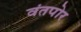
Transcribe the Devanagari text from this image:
वंतपोर